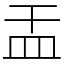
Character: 㿻